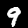
Digit: 9